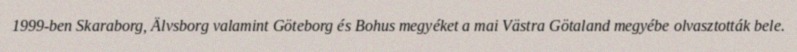
1999-ben Skaraborg, Älvsborg valamint Göteborg és Bohus megyéket a mai Västra Götaland megyébe olvasztották bele.